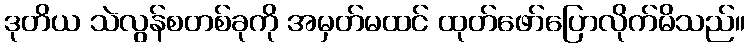
ဒုတိယ သဲလွန်စတစ်ခုကို အမှတ်မထင် ထုတ်ဖော်ပြောလိုက်မိသည်။